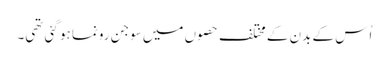
اُس کے بدن کے مختلف حصوں میں سوجن رونما ہو گئی تھی۔